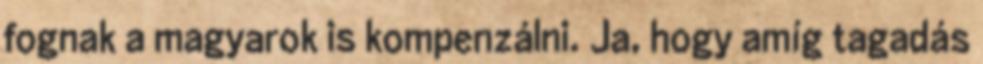
fognak a magyarok is kompenzálni. Ja, hogy amíg tagadás